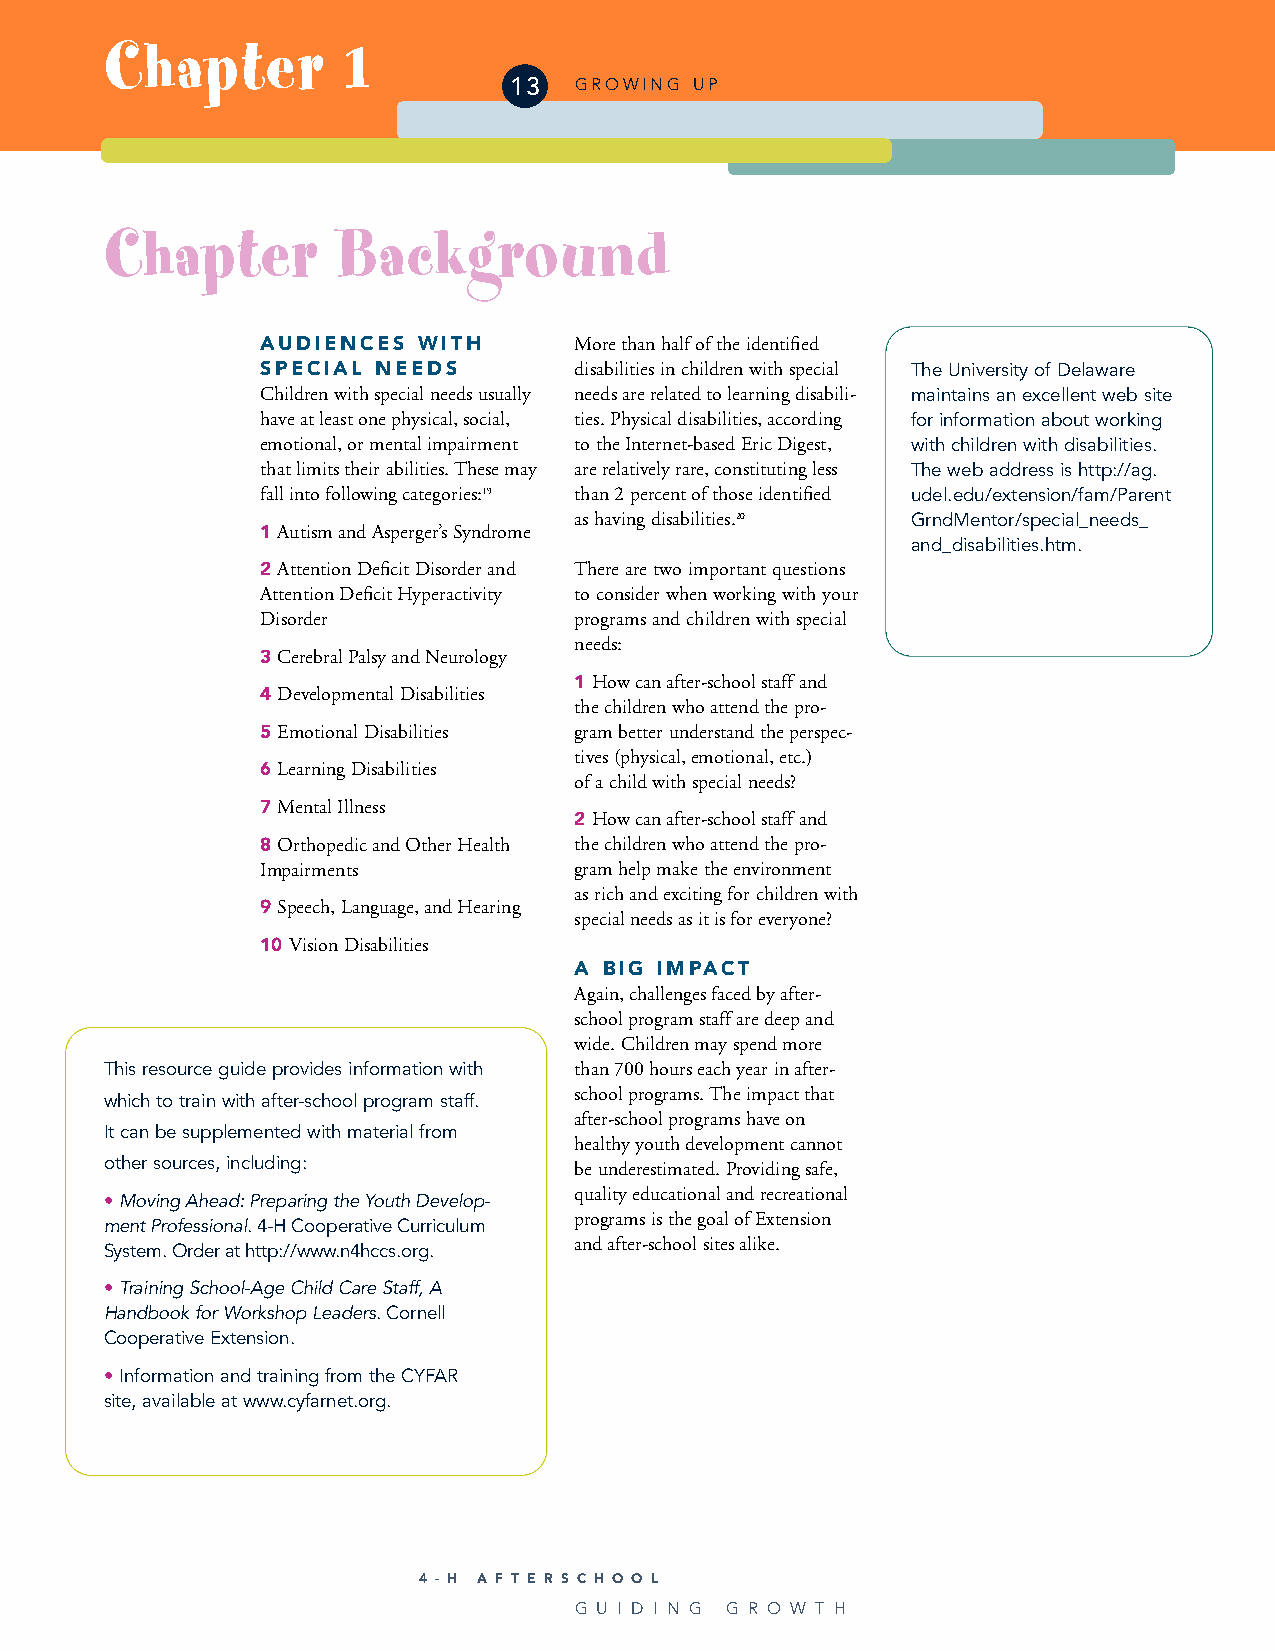
Chapter         1
 13  GROWING UP
 Chapter        Background
 AUDIENCES  WITH      More than half of the identified
 SPECIAL NEEDS        disabilities in children with special The University of Delaware
 Children with special needs usually needs are related to learning disabili- maintains an excellent web site
 have at least one physical, social, ties. Physical disabilities, according for information about working
 emotional, or mental impairment to the Internet-based Eric Digest, with children with disabilities.
 that limits their abilities. These may are relatively rare, constituting less The web address is http://ag.
 fall into following categories:19 than 2 percent of those identified udel.edu/extension/fam/Parent
 as having disabilities.20 GrndMentor/special_needs_
 1 Autism and Asperger’s Syndrome
 and_disabilities.htm.
 2 Attention Deficit Disorder and There are two important questions
 Attention Deficit Hyperactivity to consider when working with your
 Disorder             programs and children with special
 needs:
 3 Cerebral Palsy and Neurology
 1 How can after-school staff and
 4 Developmental Disabilities
 the children who attend the pro-
 5 Emotional Disabilities gram better understand the perspec-
 tives (physical, emotional, etc.)
 6 Learning Disabilities
 of a child with special needs?
 7 Mental Illness
 2 How can after-school staff and
 8 Orthopedic and Other Health the children who attend the pro-
 Impairments          gram help make the environment
 as rich and exciting for children with
 9 Speech, Language, and Hearing
 special needs as it is for everyone?
 10 Vision Disabilities
 A BIG IMPACT
 Again, challenges faced by after-
 school program staff are deep and
 wide. Children may spend more
 This resource guide provides information with than 700 hours each year in after-
 school programs. The impact that
 which to train with after-school program staff.
 after-school programs have on
 It can be supplemented with material from
 healthy youth development cannot
 other sources, including:      be underestimated. Providing safe,
 •Moving Ahead: Preparing the Youth Develop- quality educational and recreational
 programs is the goal of Extension
 ment Professional. 4-H Cooperative Curriculum
 and after-school sites alike.
 System. Order at http://www.n4hccs.org.
 •Training School-Age Child Care Staff, A
 Handbook for Workshop Leaders. Cornell
 Cooperative Extension.
 • Information and training from the CYFAR
 site, available at www.cyfarnet.org.
 4 - H A F T E R S C H O O L
 G U I D I N G G R O W T H